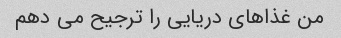
من غذاهای دریایی را ترجیح می دهم